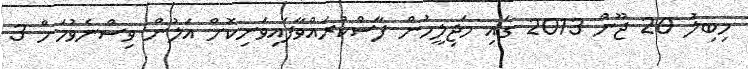
މިބިލު 20 ޖޫން 2013 ގައި މަޖިލީހުން ފާސްކުރައްވާފައިވަނިކޮށް އަލުން ވިސްނެވުމަށް 3